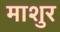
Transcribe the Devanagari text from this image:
माशुर